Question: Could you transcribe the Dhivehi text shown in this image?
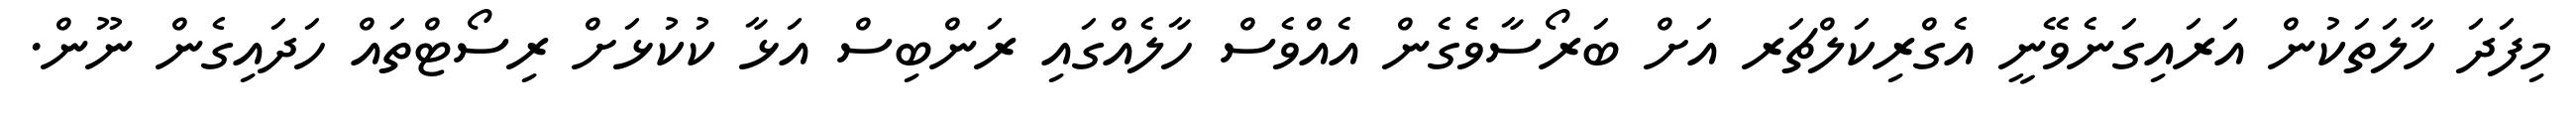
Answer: މިފަދަ ހާލަތަކުން އަރައިގަނެވޭނީ އެގްރިކަލްޗަރ އަށް ބަރޯސާވެގެން އެއްވެސް ހާލެއްގައި ރަންބިސް އަޅާ ކުކުޅަށް ރިސޯޓްތައް ހަދައިގެން ނޫން.